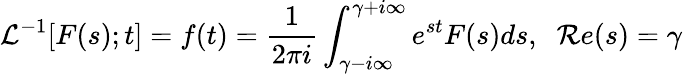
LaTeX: \mathcal{L}^{-1}[F(s);t]=f(t)=\frac{1}{2\pi i}\int_{\gamma-i\infty}^{\gamma+i\infty}e^{st}F(s)ds,\; \; \mathcal{R}e(s)=\gamma